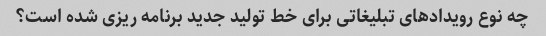
چه نوع رویدادهای تبلیغاتی برای خط تولید جدید برنامه ریزی شده است؟